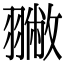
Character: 𦒐